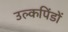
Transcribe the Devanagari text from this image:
उल्कपिंडों